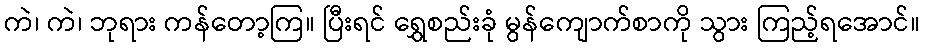
ကဲ၊ ကဲ၊ ဘုရား ကန်တော့ကြ။ ပြီးရင် ရွှေစည်းခုံ မွန်ကျောက်စာကို သွား ကြည့်ရအောင်။